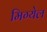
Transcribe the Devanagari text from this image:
मिग्येल